Leaving Certificate Examination (including Day School Certificate (Higher) General paper), 1931
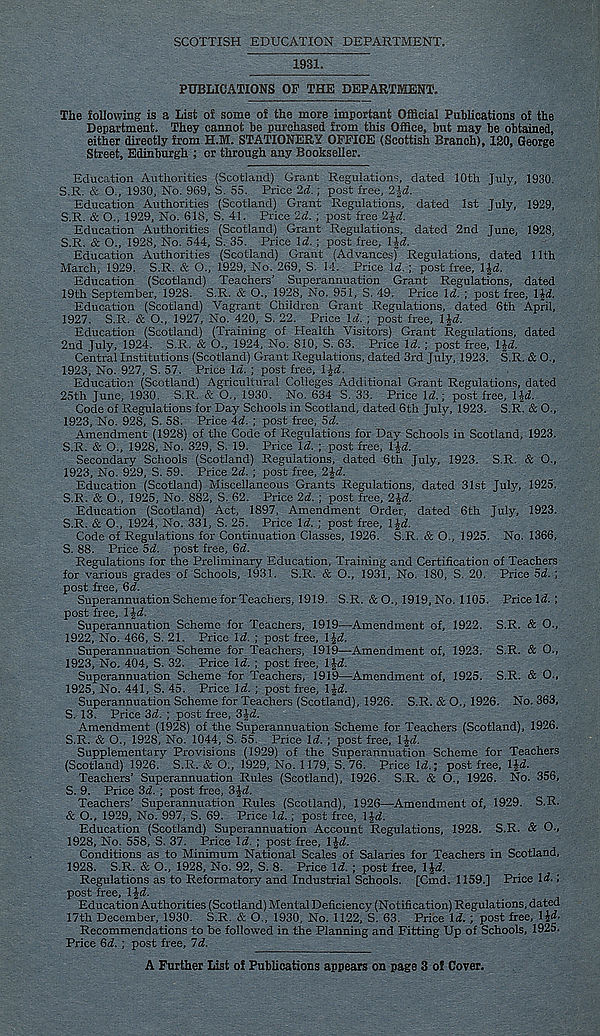
SCOTTISH EDUCATION DEPARTMENT.
1931.
PUBLICATIONS OP THE DEPARTMENT.
The following is a List of some of the more important Official Publications of the
Department. They cannot he purchased from this Office, but may be obtained,
either directly from H.M. STATIONERY OPPICE (Scottish Branch), 130, George
Street, Edinburgh ; or through any Bookseller.
Education Authorities (Scotland) Grant Regulations, dated 10th July, 1930.
S.R. & O., 1930, No. 969, S. 55. Price 2d. ; post free,
Education Authorities (Scotland) Grant Regulations, dated 1st July, 1929,
S.R. & O., 1929, No. 618, S. 41. Price 2d. ; post free ‘Z^d.
Education Authorities (Scotland) Grant Regulations, dated 2nd June, 1928,
S.R. & O., 1928, No. 544, S. 35. Price \d. ; post free, l^d.
Education Authorities (Scotland) Grant (Advances) Regulations, dated 11th
March, 1929. S.R. & O., 1929, No. 269, S. 14. Price Id.; post free, Ijd.
Education (Scotland) Teachers’ Superannuation Grant Regulations, dated
19th September, 1928. S.R. & O., 1928, No. 951, S. 49. Price Id. ; post free, IJd.
Education (Scotland) Vagrant Children Grant Regulations, dated 6th April,
1927. S.R. & O., 1927, No. 420, S. 22. Price Id. ; post free, lid.
Education (Scotland) (Training of Health Visitors) Grant Regulations, dated
2nd July, 1924. S.R. & O., 1924, No. 810, S. 63. Price Id. ; post free, l|<i.
Central Institutions (Scotland) Grant Regulations, dated 3rd July, 1923. S.R. & O.,
1923, No. 927, S. 57. Price Id. ; post free, IJd.
Education (Scotland) Agricultural Colleges Additional Grant Regulations, dated
25th June, 1930. S.R. & O., 1930. No. 634 S. 33. Price Id.; post free, lid.
Code of Regulations for Day Schools in Scotland, dated 6th July, 1923. S.R. & O.,
1923, No. 928, S. 58. Price 4d. ; post free, 5d.
Amendment (1928) of the Code of Regulations for Day Schools in Scotland, 1923.
S.R. & O:, 1928, No. 329, S. 19. Price Id. ; post free, lid.
Secondary Schools (Scotland) Regulations, dated 6th July, 1923. S.R. & O.,
1923, No. 929, S. 59. Price 2d. ; post free, 2 jd.
Education (Scotland) Miscellaneous Grants Regulations, dated 31st July, 1925.
S.R. & O., 1925, No. 882, S. 62. Price 2d. ; post free, 2id.
Education (Scotland) Act, 1897, Amendment Order, dated 6th July, 1923.
S.R. & O., 1924, No. 331, S. 25. Price Id. ; post free, lid.
Code of Regulations for Continuation Classes, 1926. S.R. & O., 1925. No. 1366,
S. 88. Price Sd. post free, 6(1.
Regulations for the Preliminary Education, Training and Certification of Teachers
for various grades of Schools, 1931. S.R. & O., 1931, No. 180, S. 20. Price 5d. ;
post free, 6d.
Superannuation Scheme forTeachers, 1919. S.R. & O., 1919, No. 1105. Price Id. ;
post free, l|d.
Superannuation Scheme for Teachers, 1919—Amendment of, 1922. S.R. & O.,
1922, No. 466, S. 21. Price Id. ; post free, lid.
Superannuation Scheme for Teachers, 1919—Amendment of, 1923. S.R. & O.,
1923, No. 404, S. 32. Price Id. ; post free, Ifd.
Superannuation Scheme for Teachers, 1919—Amendment of, 1925. S.R. & O.,
1925, No. 441, S. 45. Price Id. ; post free, IJd.
Superannuation Scheme for Teachers (Scotland), 1926. S.R. & O., 1926. No. 363,
S. 13. Price 3d. ; post free, 3Jd.
Amendment (1928) of the Superannuation Scheme for Teachers (Scotland), 1926.
S.R. & O., 1928, No. 1044, S. 55. Price Id. ; post free, IJd.
Supplementary Provisions (1929) of the Superannuation Scheme for Teachers
(Scotland) 1926. S.R. & O., 1929, No. 1179, S. 76. Price Id.; post free, IJd.
Teachers’ Superannuation Rules (Scotland), 1926. S.R. & O., 1926. No. 356,
S. 9. Price 3d. ; post free, 3Jd.
Teachers’ Superannuation Rules (Scotland), 1926—Amendment of, 1929. S.R.
& O., 1929, No. 997, S. 69. Price Id.; post free, IJd.
Education (Scotland) Superannuation Account Regulations, 1928. S.R. & O.,
1928, No. 558, S. 37. Price Id. ; post free, IJd.
Conditions as to Minimum National Scales of Salaries for Teachers in Scotland,
1928. S.R. & O., 1928, No. 92, S. 8. Price Id. ; post free, lid.
Regulations as to Reformatory and Industrial Schools. [Cmd. 1159.] Price Id.;
post free, IJd.
Education Authorities (Scotland) Mental Deficiency (Notification) Regulations, dated
17th December, 1930. S.R. & O., 1930, No. 1122, S. 63. Price Id. ; post free, lid.
Recommendations to be followed in the Planning and Fitting Up of Schools, 1925.
Price 6d. ; post free, 7d.
A Further List of Publications appears on page 3 of Cover.